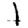
Digit: 1